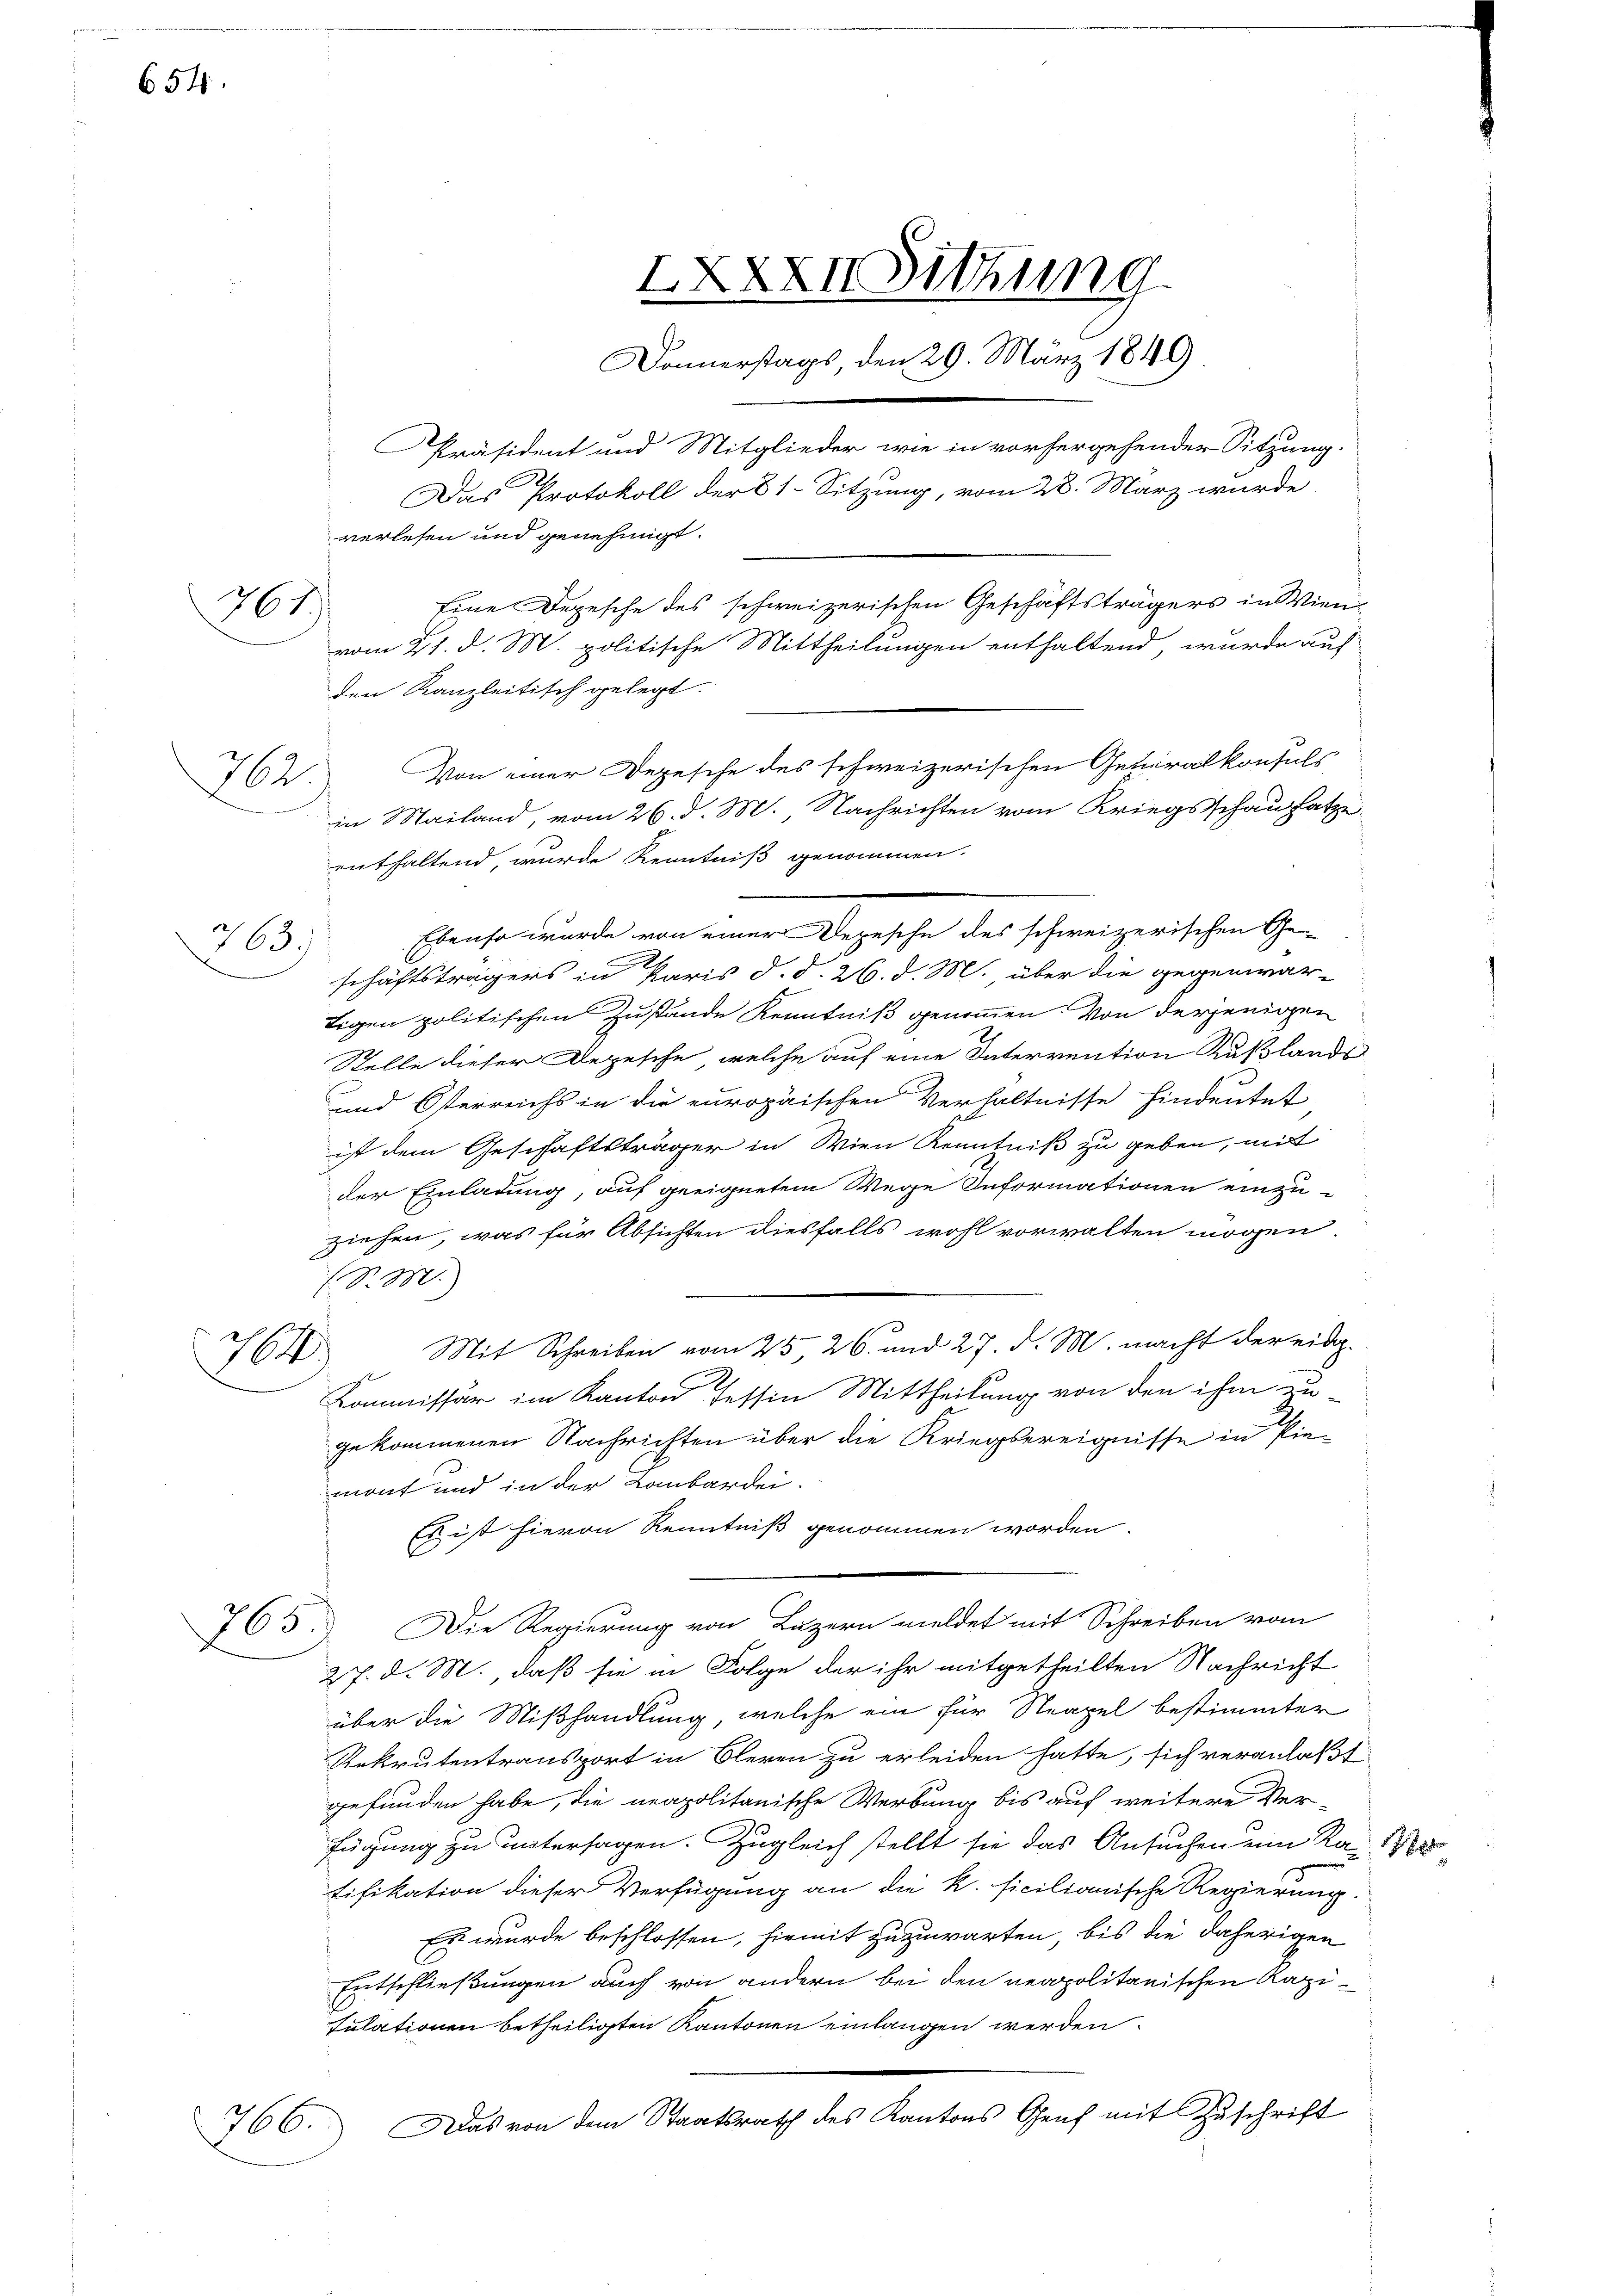
654

62

761)

763)

1000.

765.

Ebenso wurde von einer Depesche des schweizerischen Geschäftsträgers in Paris d. d. 26. d. M. über die gegenwär-
Ligen politischen Zustände Kenntniß genommen. Von derjenigen
Stelle dieser Depesche, welche auf eine Intervention Kußlands
und Osterreichs in die europäischen Verhältnisse hindeutet
ist dem Geschäftsträger in Wien Kenntniß zu geben, mit
der Einladung, auf geeignetem Wege Informationen einzu-
ziehen, was für Absichten diesfalls wohl vorwalten mögen.
(S. M
Mit Schreiben vom 25, 26. und 27. d. M. macht der eidg.
b
Kommissär im Kanton Tessin Mittheilung von den ihm zu
gekommenen Nachrichten über die Kriegsereignisse in Piemont und in der Lombardei-
Es ist hievon Kenntniß genommen worden.
l
Die Regierung von Luzern meldet mit Schreiben vom
27. d. M., daß sie in Folge der ihr mitgetheilten Nachricht
über die Mißhandlung, welche ein für Neapel bestimmter
Rekrutentransport in Oleren zu erleiden hatte, sich veranlaßt
gefunden habe, die neapolitanische Werbung bis auf weitere Ver-
fügung zu untersagen. Zugleich stellt sie das Ansuchen um Ka-
tifikation dieser Verfügung an die k. ficilianische Regierung
Es wurde beschlossen, hiemit zuzuwarten, bis die daherigen
Entschließungen auch von andern bei den neapolitanischen Kapitulationen betheiligten Kantonen einlangen werden.
766. Das von dem Staatsrath des Kantons Genf mit Zuschrift

verlesen und genehmigt.

XXXXII Sitzung
Donnerstags, den 29. März 1849
Präsident und Mitglieder wie in vorhergehender Sitzung.
Das Protokoll der 81-Sitzung, vom 28. März wurde
Eine Depesche des schweizerischen Geschäftsträgers in Wien
vom 21. d. M. politische Mittheilungen enthaltend, wurde auf
den Kanzleitisch gelegt.
Von einer Depesche des schweizerischen Generalkonsuls
in Mailand, vom 26. d. M., Nachrichten vom Kriegsschausatze
enthaltend, wurde Kenntniß genommen.